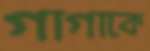
গাগাকে